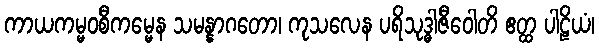
ကာယကမ္မဝစီကမ္မေန သမန္နာဂတော၊ ကုသလေန ပရိသုဒ္ဓါဇီဝေါတိ ဧတ္ထ ပါဠိယံ၊